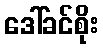
ဒေါ်ခင်စိုး